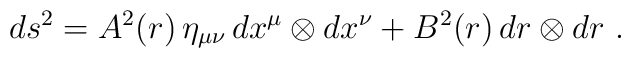
ds^2 = A^2(r)\, \eta_{\mu\nu} \, dx^\mu \otimes dx^\nu+ B^2(r)\, dr \otimes dr\ .